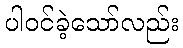
ပါဝင်ခဲ့သော်လည်း